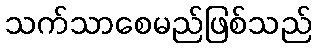
သက်သာစေမည်ဖြစ်သည်